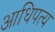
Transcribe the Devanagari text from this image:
आधिपत्य